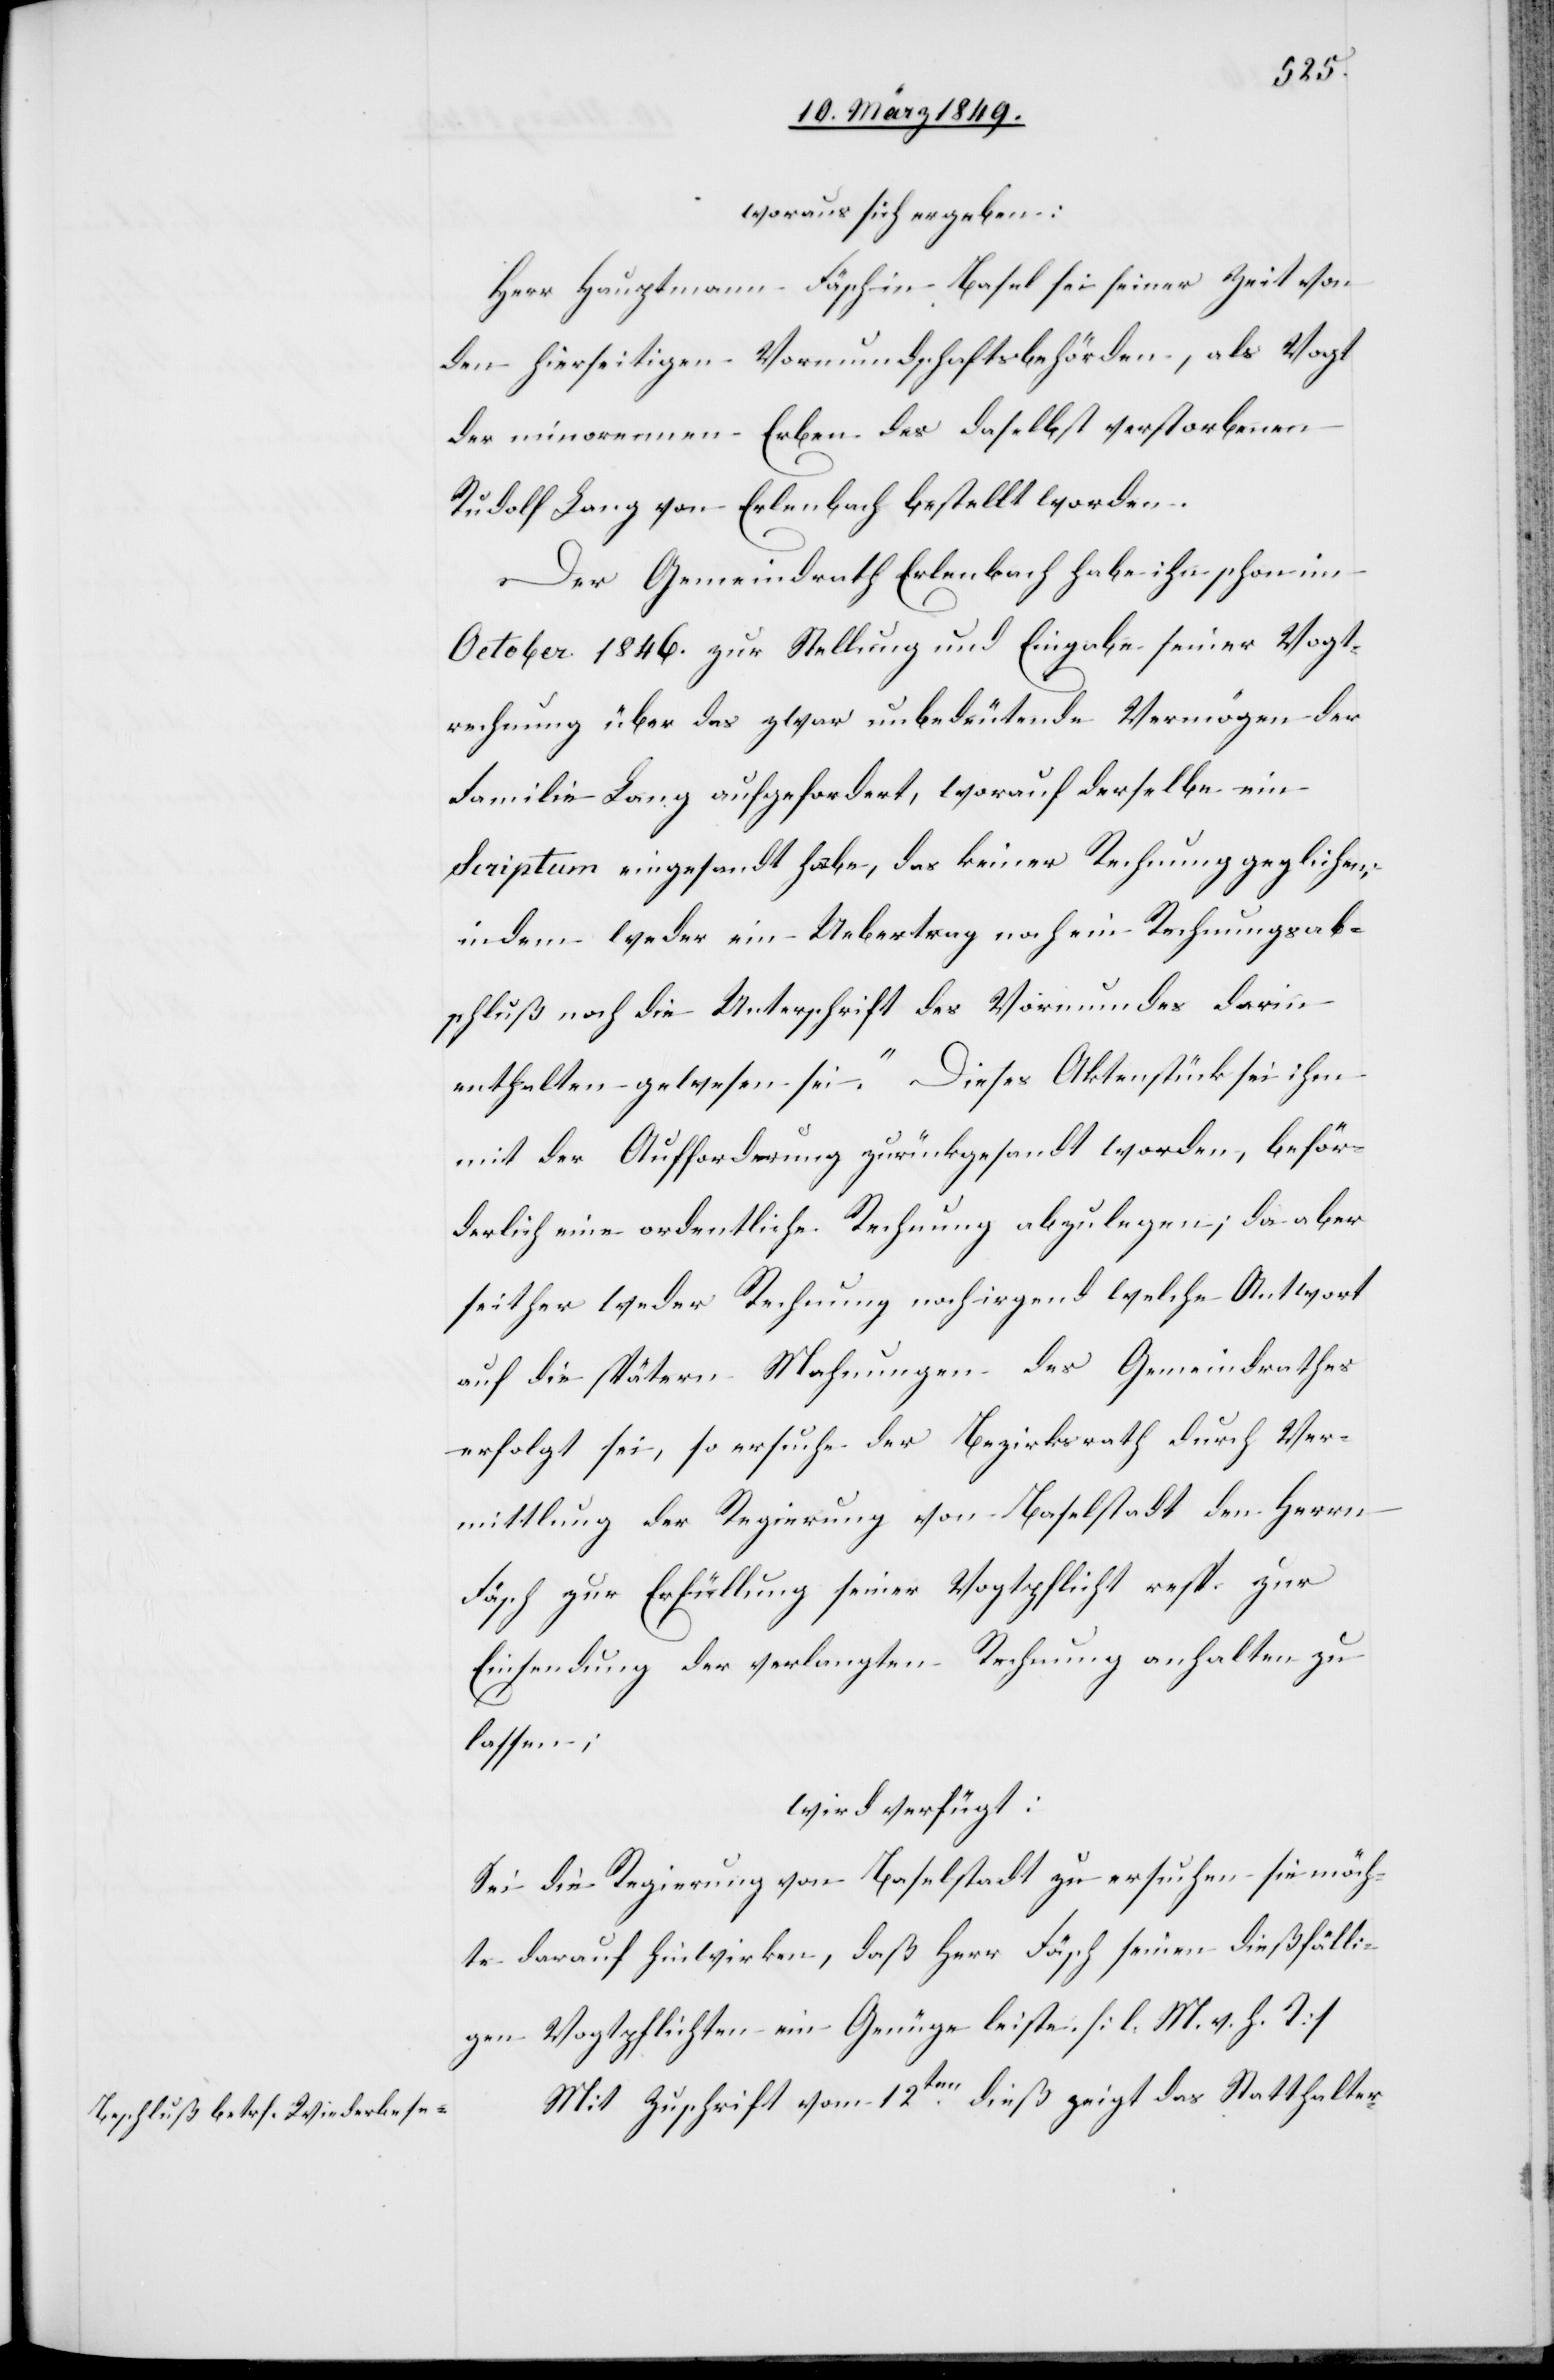
15. März 1849.]
woraus sich ergeben:
Herr Hauptmann Fäsch in Basel sei seiner Zeit von
den hierseitigen Vormundschaftsbehörden, als Vogt
der minorennen Erben des daselbst verstorbenen
Rudolf Lang von Erlenbach bestellt worden.
Der Gemeindrath Erlenbach habe ihn schon im
October 1846. zur Stellung und Eingabe seiner Vogt¬
rechnung über das zwar unbedeutende Vermögen der
Familie Lang aufgefordert, worauf derselbe ein
Scriptum eingesandt habe, das keiner Rechnung geglichen;
indem weder ein Uebertrag noch ein Rechnungsab¬
schluß noch die Unterschrift des Vormundes darin
enthalten gewesen sei. Dieses Aktenstück sei ihm
mit der Aufforderung zurückgesandt worden, beför¬
derlich eine ordentliche Rechnung abzulegen; da aber
seither weder Rechnung noch irgend welche Antwort
auf die spätern Mahnungen des Gemeindrathes
erfolgt sei, so ersuche der Bezirksrath durch Ver¬
mittlung der Regierung von Baselstadt den Herrn
Fäsch zur Erfüllung seiner Vogtpflicht resp. zur
Einsendung der verlangten Rechnung anhalten zu
lassen;
wird verfügt:
Sei die Regierung von Baselstadt zu ersuchen sie möch¬
te darauf hinwirken, daß Herr Fäsch seinen dießfälli¬
gen Vogtpflichten ein Genüge leiste. [l. M. v. h. T]
Mit Zuschrift vom 12ten. dieß zeigt das Statthalter-